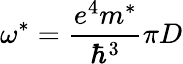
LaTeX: {\omega}^{*}=\frac{e^{4}m^{*}}{{\hbar}^{3}}\pi D